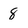
Character: 8